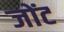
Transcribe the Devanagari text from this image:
जोंट